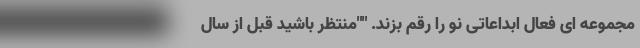
مجموعه ای فعال ابداعاتی نو‌ را رقم بزند. ""منتظر باشید قبل از سال